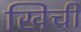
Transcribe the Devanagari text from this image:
खिची